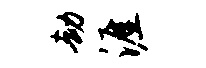
劫涯